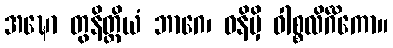
အဍ္ဎော တွနိတ္ထိယံ ဘာဂေ၊ ဓနိမှိ ဝါစ္စလိင်္ဂိကော။